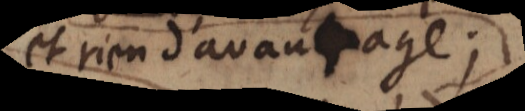
et rien d’avantage;